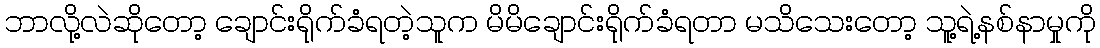
ဘာလို့လဲဆိုတော့ ချောင်းရိုက်ခံရတဲ့သူက မိမိချောင်းရိုက်ခံရတာ မသိသေးတော့ သူ့ရဲ့နစ်နာမှုကို